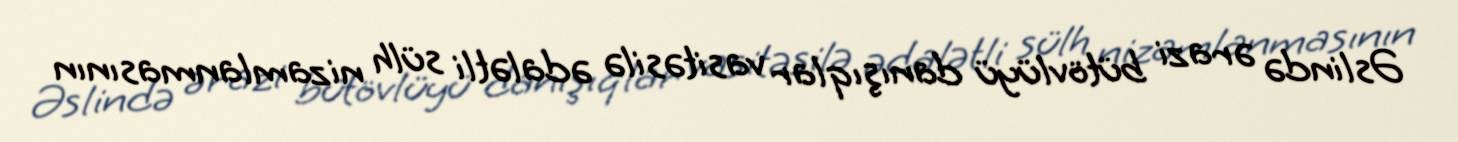
Əslində ərazi bütövlüyü danışıqlar vasitəsilə ədalətli sülh nizamlanmasının